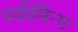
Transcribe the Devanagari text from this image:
पर्फमिन्ग